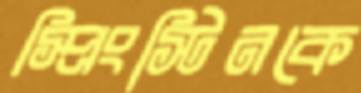
স্প্রিংস্টিনকে